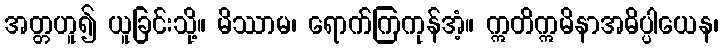
အတ္တဟူ၍ ယူခြင်းသို့။ မိဿာမ၊ ရောက်ကြကုန်အံ့။ ဣတိဣမိနာအဓိပ္ပါယေန၊